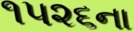
૧૫૨૬ના